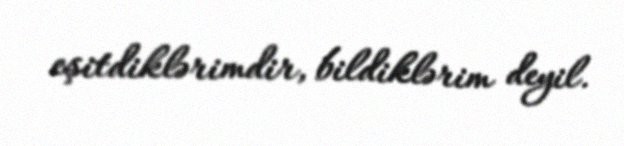
eşitdiklərimdir, bildiklərim deyil.